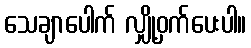
သေချာပေါက် လျှို့ဝှက်ပေးပါ။